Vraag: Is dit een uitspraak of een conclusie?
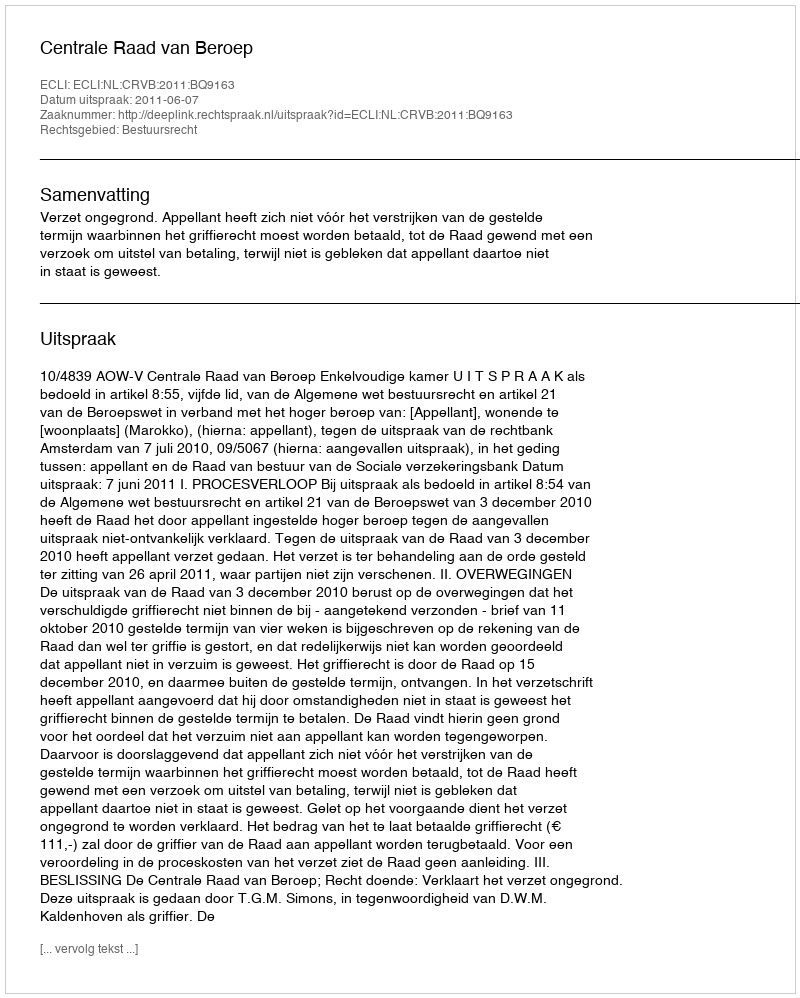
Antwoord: Uitspraak